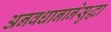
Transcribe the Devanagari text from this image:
अनवधानानेसुद्धा